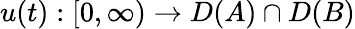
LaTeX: u(t):[0,\infty)\to D(A)\cap D(B)